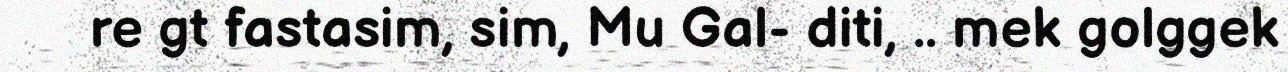
re gt fastasim, sim, Mu Gal- diti, .. mek golggek